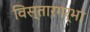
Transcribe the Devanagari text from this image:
विस्तारगर्भा